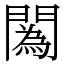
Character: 䦱